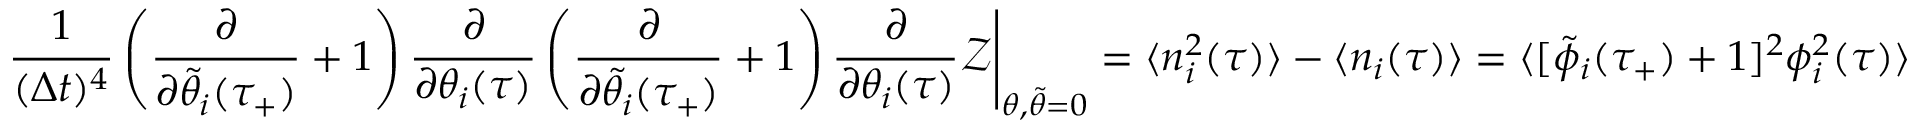
\frac { 1 } { ( \Delta t ) ^ { 4 } } \left( \frac { \partial } { \partial \tilde { \theta } _ { i } ( \tau _ { + } ) } + 1 \right) \frac { \partial } { \partial \theta _ { i } ( \tau ) } \left( \frac { \partial } { \partial \tilde { \theta _ { i } } ( \tau _ { + } ) } + 1 \right) \frac { \partial } { \partial \theta _ { i } ( \tau ) } \mathcal { Z } \Bigg | _ { \theta , \tilde { \theta } = 0 } = \langle n _ { i } ^ { 2 } ( \tau ) \rangle - \langle n _ { i } ( \tau ) \rangle = \langle [ \tilde { \phi } _ { i } ( \tau _ { + } ) + 1 ] ^ { 2 } \phi _ { i } ^ { 2 } ( \tau ) \rangle